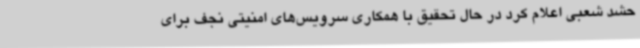
حشد شعبی اعلام کرد در حال تحقیق با همکاری سرویس‌های امنیتی نجف برای